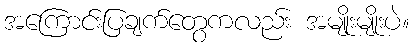
အကြောင်းပြချက်တွေကလည်း အမျိုးမျိုးပဲ။